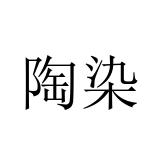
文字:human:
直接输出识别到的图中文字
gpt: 陶染